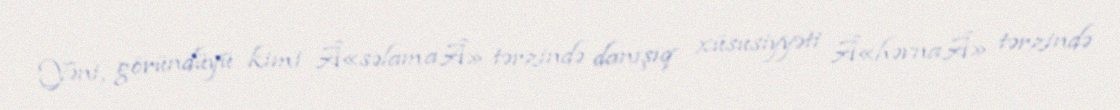
Yəni, göründüyü kimi Â«səlamaÂ» tərzində danışıq xüsusiyyəti Â«həvnaÂ» tərzində